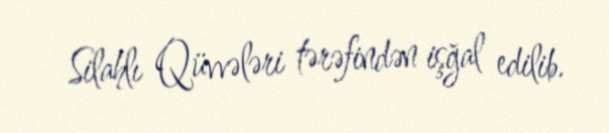
Silahlı Qüvvələri tərəfindən işğal edilib.